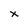
Character: X